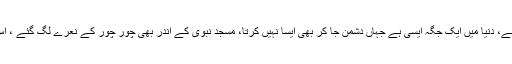
انہوں نے کہا کہ ہر جگہ گو نواز گو ہو رہا ہے، دنیا میں ایک جگہ ایسی ہے جہاں دشمن جا کر بھی ایسا نہیں کرتا، مسجد نبوی کے اندر بھی چور چور کے نعرے لگ گئے ، اس سے زیادہ اور کیا بے عزتی ہو سکتی ہے۔